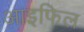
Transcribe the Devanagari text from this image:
आइफिल